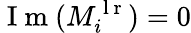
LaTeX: \mathrm{~I~m~}(M_{i}^{\mathrm{~l~r~}})=0